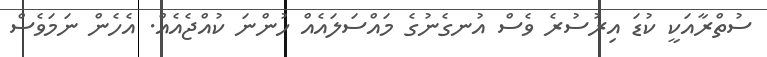
ސުތްރާއަކީ ކުޑަ އިރުސުރެ ވެސް އުނގެނުގެ މައްސަލައެއް ހުންނަ ކުއްޖެއެއް. އެހެން ނަމަވެސް